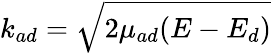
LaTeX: k_{ad}=\sqrt{2\mu_{ad}(E-E_{d})}